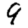
Digit: 9